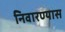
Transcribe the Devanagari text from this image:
निवारण्यास